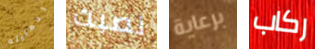
لحمايته نصبت برعاية ركاب